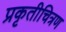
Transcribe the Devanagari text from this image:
प्रकृतीचित्रण